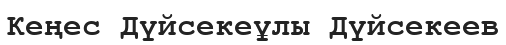
Кеңес Дүйсекеұлы Дүйсекеев